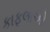
કાફલાઓ